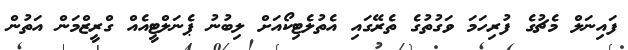
ފައިނަލް މެޗުގެ ފުރިހަމަ ވަގުތުގެ ތެރޭގައި އެތުލެޓިކޯއަށް ލިބުނު ޕެނަލްޓީއެއް ގްރީޒްމަން އަތުން